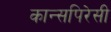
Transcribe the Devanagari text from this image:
कान्सपिरेसी